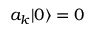
a _ { k } | 0 \rangle = 0